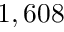
1 , 6 0 8